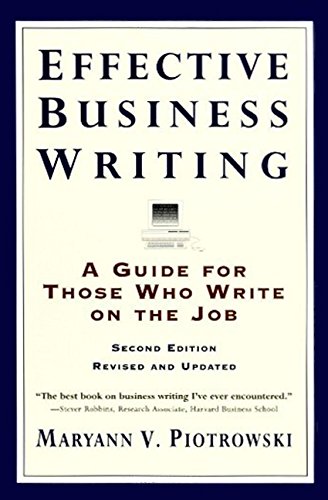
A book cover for Effective Business Writing: A Guide For Those Who Write on the Job (2nd Edition Revised and Updated); Maryann V. Piotrowski; Business & Money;